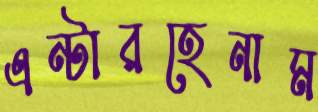
এন্টারহেনাম